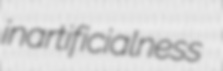
inartificialness